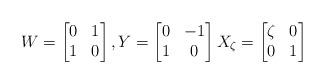
LaTeX: \begin{align*}W = \begin{bmatrix} 0 & 1 \\ 1 & 0 \end{bmatrix}, Y = \begin{bmatrix} 0 & -1 \\ 1 & 0 \end{bmatrix} X_\zeta = \begin{bmatrix} \zeta & 0 \\ 0 & 1 \end{bmatrix}\end{align*}